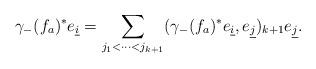
LaTeX: \begin{align*}\gamma_{-}(f_{a})^{*} e_{\underline{i}} =\sum_{j_{1} < \cdots < j_{k + 1}} (\gamma_{-}(f_{a})^{*} e_{\underline{i}}, e_{\underline{j}})_{k + 1} e_{\underline{j}}.\end{align*}